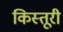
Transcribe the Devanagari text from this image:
किस्तूरी